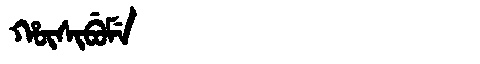
Manchu: ᡥᡡᠰᡳᠪᡠᠮᡝ
Romanization: HŪSIBUME